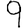
Digit: 9